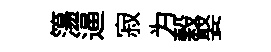
簜逼寂为榖娶